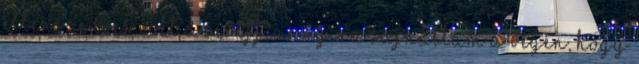
ellenszenves volt a seriff, annyira sajnáltam a végén, hogy